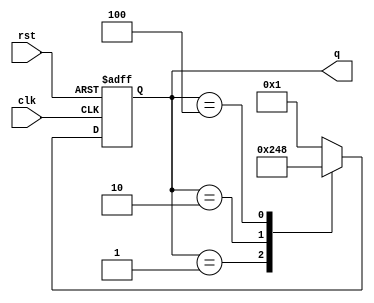
module johnson_counter(
    input clk,
    input rst,
    output reg [3:0] q
);

reg [3:0] next_q;

always @ (posedge clk or posedge rst) begin
    if (rst) begin
        q <= 4'b0001;
    end else begin
        q <= next_q;
    end
end

always @* begin
    case (q)
        4'b0001: next_q = 4'b0010;
        4'b0010: next_q = 4'b0100;
        4'b0100: next_q = 4'b1000;
        4'b1000: next_q = 4'b0001;
        default: next_q = 4'b0001;
    endcase
end

endmodule